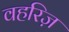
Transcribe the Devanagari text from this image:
वहरिज़